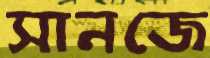
সানজে